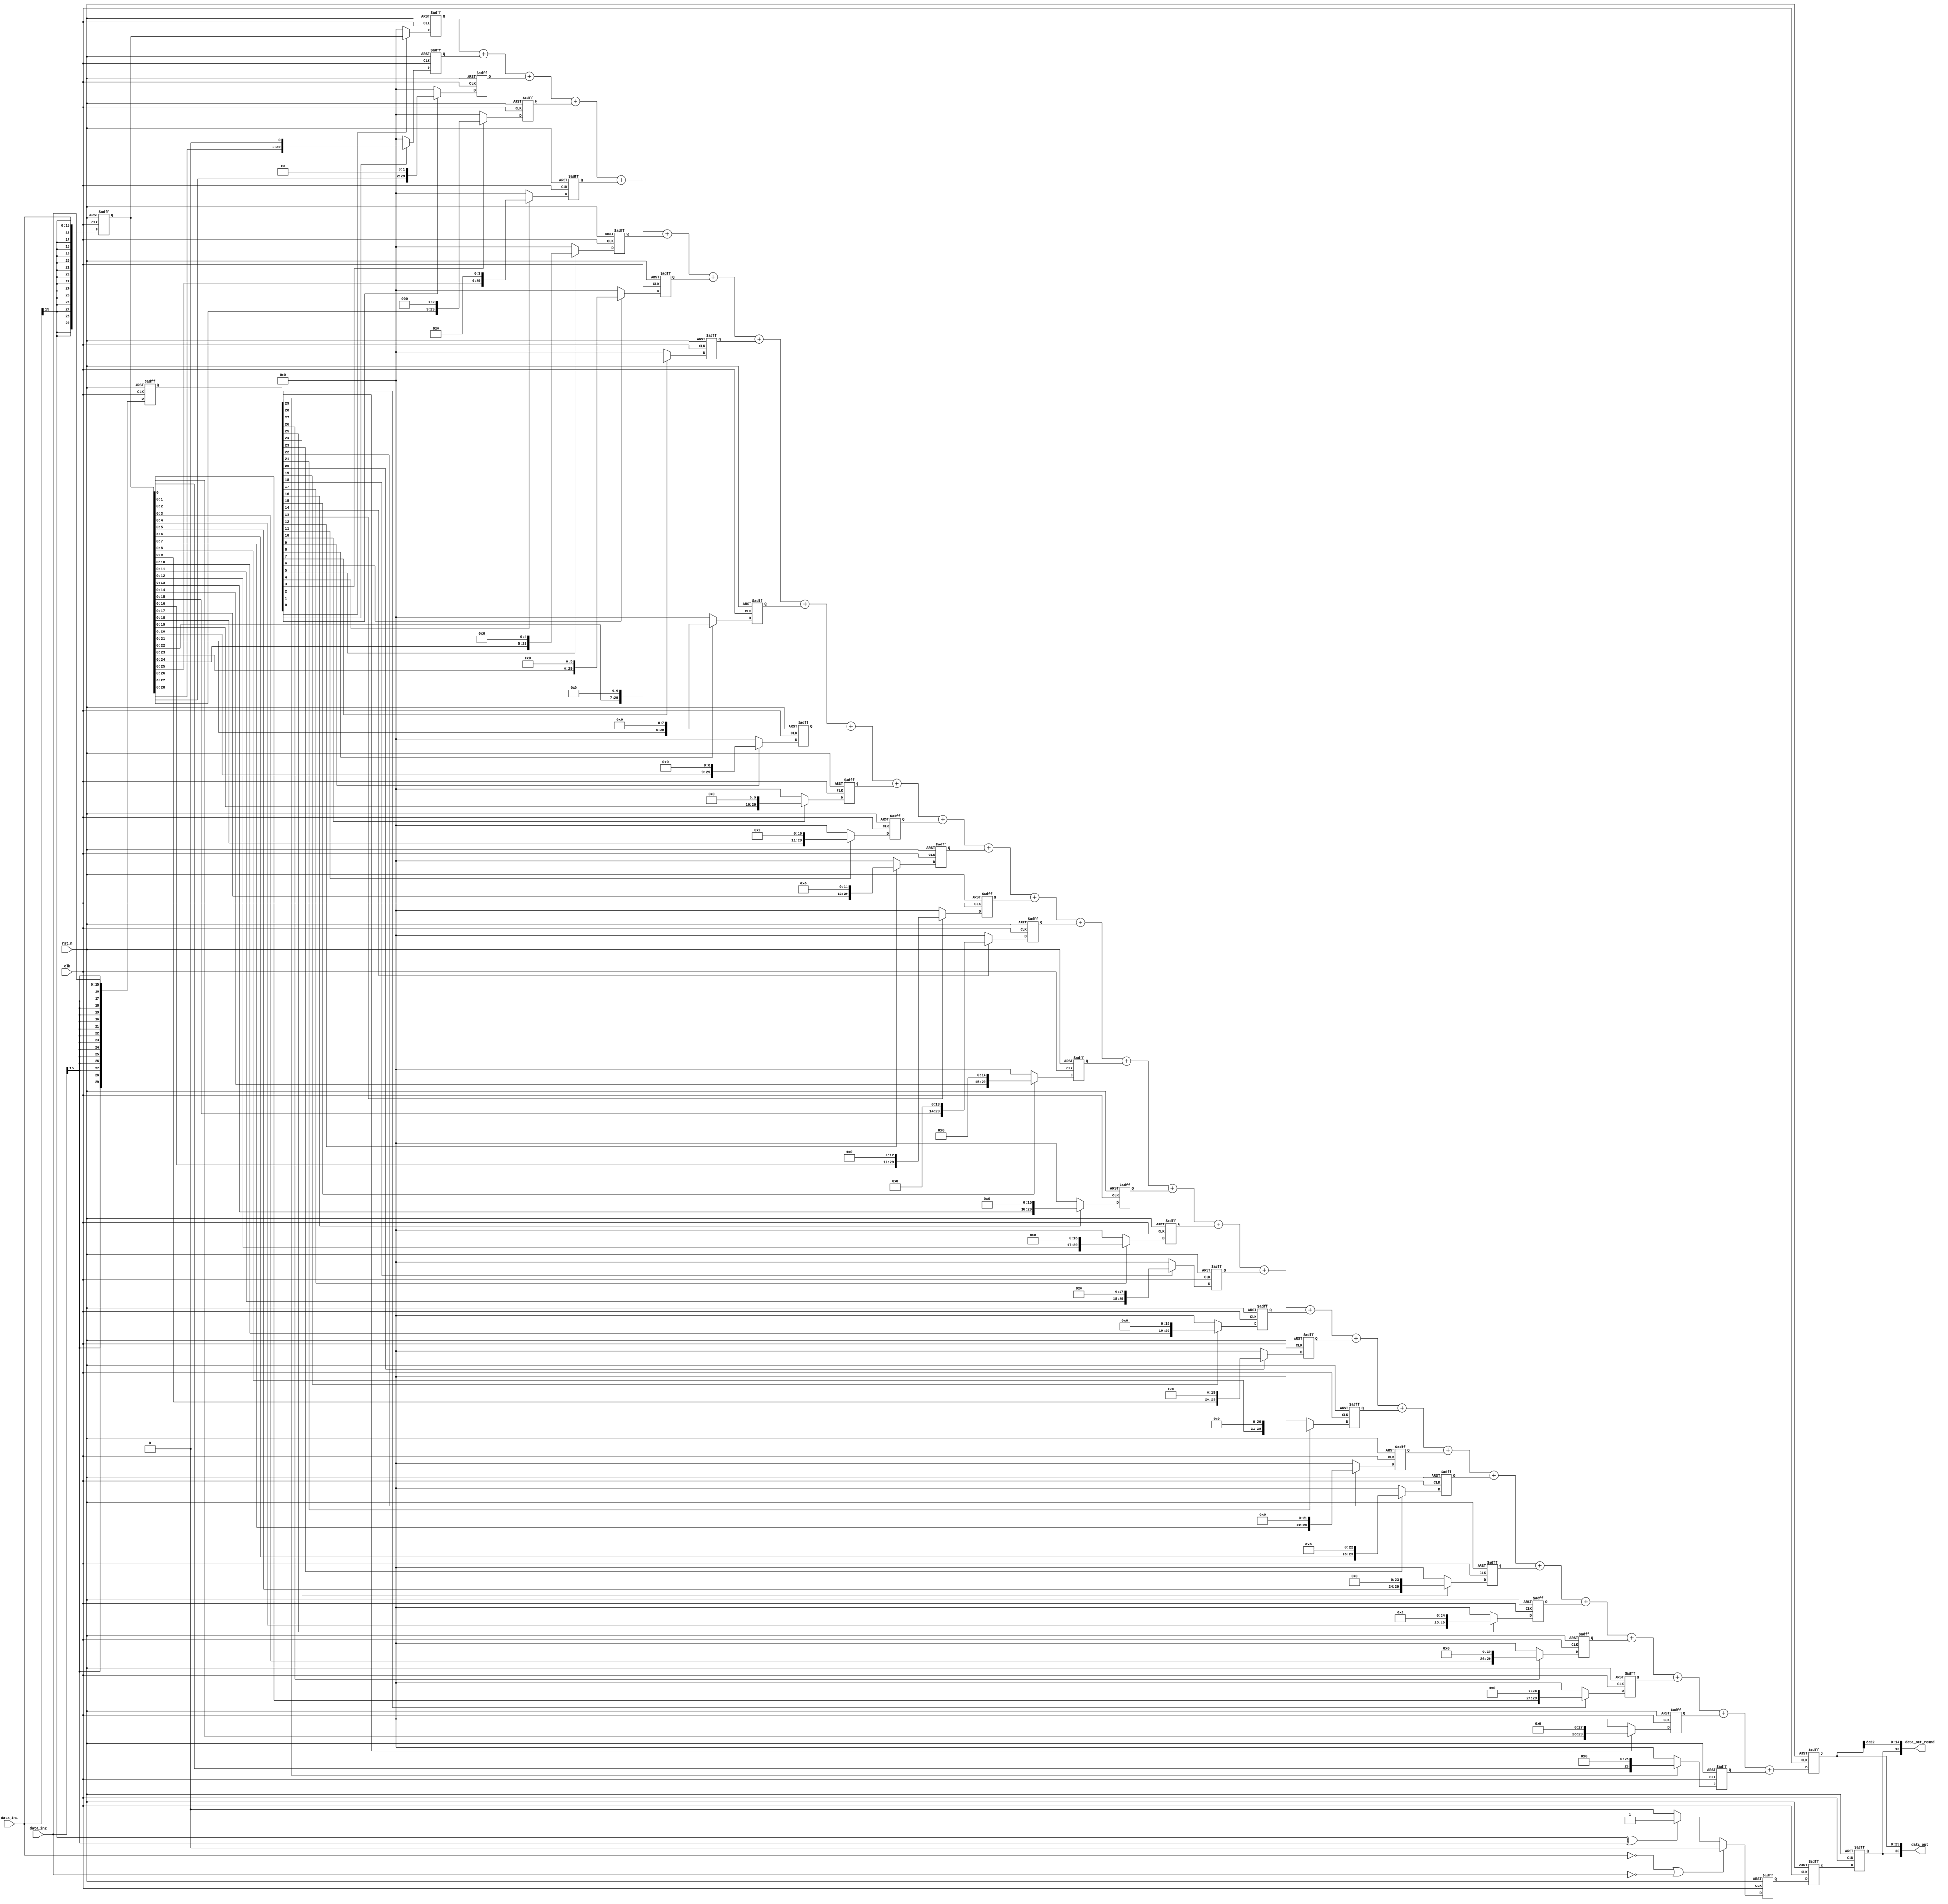
module fix_ari_mul(data_in1,data_in2,data_out,data_out_round,clk,rst_n);

parameter DATA=16;
parameter EX_SI=DATA-1;
parameter SIGN=1;
parameter INTE=7;
parameter POIN=8;

input [DATA-1:0] data_in1;
input [DATA-1:0] data_in2;
output [EX_SI*2:0] data_out;
output [DATA-1:0] data_out_round;
input clk;
input rst_n;

reg [EX_SI*2-1:0] data_in1_r,data_in2_r;
reg sign_r1;

always@(posedge clk or negedge rst_n)
  if(!rst_n)begin
     data_in1_r <= 'b0;
     data_in2_r <= 'b0;
     sign_r1 <= 0;
   end
   else if((data_in1 == 0) || (data_in2 == 0))begin
     data_in1_r <= {{EX_SI{data_in1[DATA-1]}},data_in1[DATA-2:0]};
     data_in2_r <= {{EX_SI{data_in2[DATA-1]}},data_in2[DATA-2:0]};
     sign_r1 <= 0;
   end
   else begin
     data_in1_r <= {{EX_SI{data_in1[DATA-1]}},data_in1[DATA-2:0]};
     data_in2_r <= {{EX_SI{data_in2[DATA-1]}},data_in2[DATA-2:0]};
     sign_r1 <= (data_in1[DATA-1] ^ data_in2[DATA-1]) ? 1 : 0;
    end

reg [EX_SI*2-1:0] shift_r [EX_SI*2-1:0];

integer i,j,k;
reg sign_r2;
always@(posedge clk or negedge rst_n)
  if(!rst_n)begin
    sign_r2 <= 0;
    for(i = 0; i < EX_SI*2; i=i+1)
      shift_r[i] <= 'b0;
  end
  else begin
    sign_r2 <= sign_r1;
      for(k = 0; k < EX_SI*2; k=k+1)
        if(data_in2_r[k] == 1)
          shift_r[k] <= (data_in1_r << k);
          else
            shift_r[k] <= 'b0;
        end

reg [EX_SI*2-1:0] sum;
reg sign_r3;
always@(posedge clk or negedge rst_n)
  if(!rst_n)begin
    sum <= 'b0;
    sign_r3 <= 0;
  end
/*  else begin
    for(i = 0; i < EX_SI*2; i=i+1)
      sum <= sum + shift_r[i];
  end */
 else begin
   sum <= shift_r[0]+shift_r[1]+shift_r[2]+shift_r[3]+shift_r[4]+shift_r[5]+shift_r[6]+shift_r[7]+shift_r[8]+shift_r[9]+shift_r[10]+shift_r[11]+shift_r[12]+shift_r[13]+shift_r[14]+shift_r[15]+shift_r[16]+shift_r[17]+shift_r[18]+shift_r[19]+shift_r[20]+shift_r[21]+shift_r[22]+shift_r[23]+shift_r[24]+shift_r[25]+shift_r[26]+shift_r[27]+shift_r[28]+shift_r[29];
   sign_r3 <= sign_r2;
  end
    
assign data_out = {sign_r3,sum};
assign data_out_round = {sign_r3,data_out[2*POIN+INTE-1:2*POIN],data_out[2*POIN-1:POIN]};
endmodule